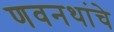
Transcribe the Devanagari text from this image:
णवनथांचे